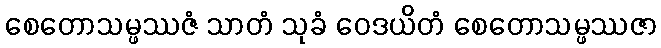
စေတောသမ္ဖဿဇံ သာတံ သုခံ ဝေဒယိတံ စေတောသမ္ဖဿဇာ